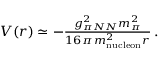
\begin{array} { r } { V ( r ) \simeq - \frac { g _ { \pi N N } ^ { 2 } m _ { \pi } ^ { 2 } } { 1 6 \pi \, m _ { \mathrm { n u c l e o n } } ^ { 2 } r } \, . } \end{array}